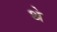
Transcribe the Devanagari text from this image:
थ॓